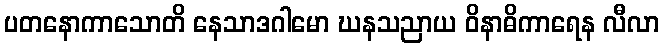
ပတနောကာသောတိ နေသာဒဂါမော ဃနသညာယ ဝိနာဓိကာရေန လီလာ